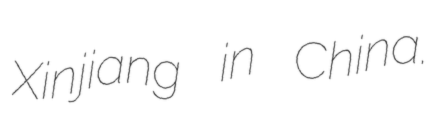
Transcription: Xinjiang in China.